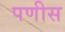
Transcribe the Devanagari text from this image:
पणीस